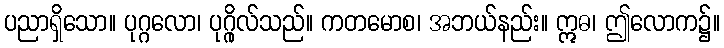
ပညာရှိသော။ ပုဂ္ဂလော၊ ပုဂ္ဂိုလ်သည်။ ကတမောစ၊ အဘယ်နည်း။ ဣဓ၊ ဤလောက၌။